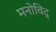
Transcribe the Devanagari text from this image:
मनोविद्